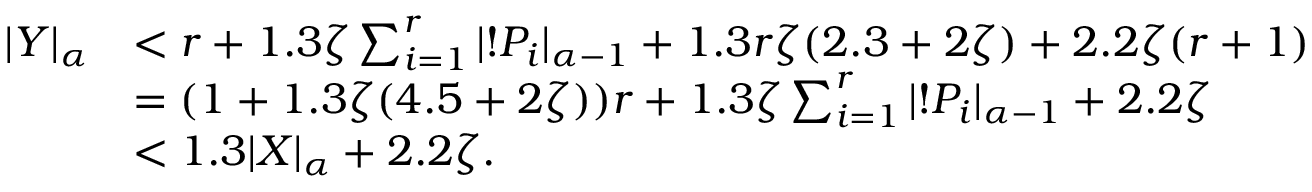
\begin{array} { r l } { | Y | _ { \alpha } } & { < r + 1 . 3 \zeta \sum _ { i = 1 } ^ { r } | ! P _ { i } | _ { \alpha - 1 } + 1 . 3 r \zeta ( 2 . 3 + 2 \zeta ) + 2 . 2 \zeta ( r + 1 ) } \\ & { = ( 1 + 1 . 3 \zeta ( 4 . 5 + 2 \zeta ) ) r + 1 . 3 \zeta \sum _ { i = 1 } ^ { r } | ! P _ { i } | _ { \alpha - 1 } + 2 . 2 \zeta } \\ & { < 1 . 3 | X | _ { \alpha } + 2 . 2 \zeta . } \end{array}